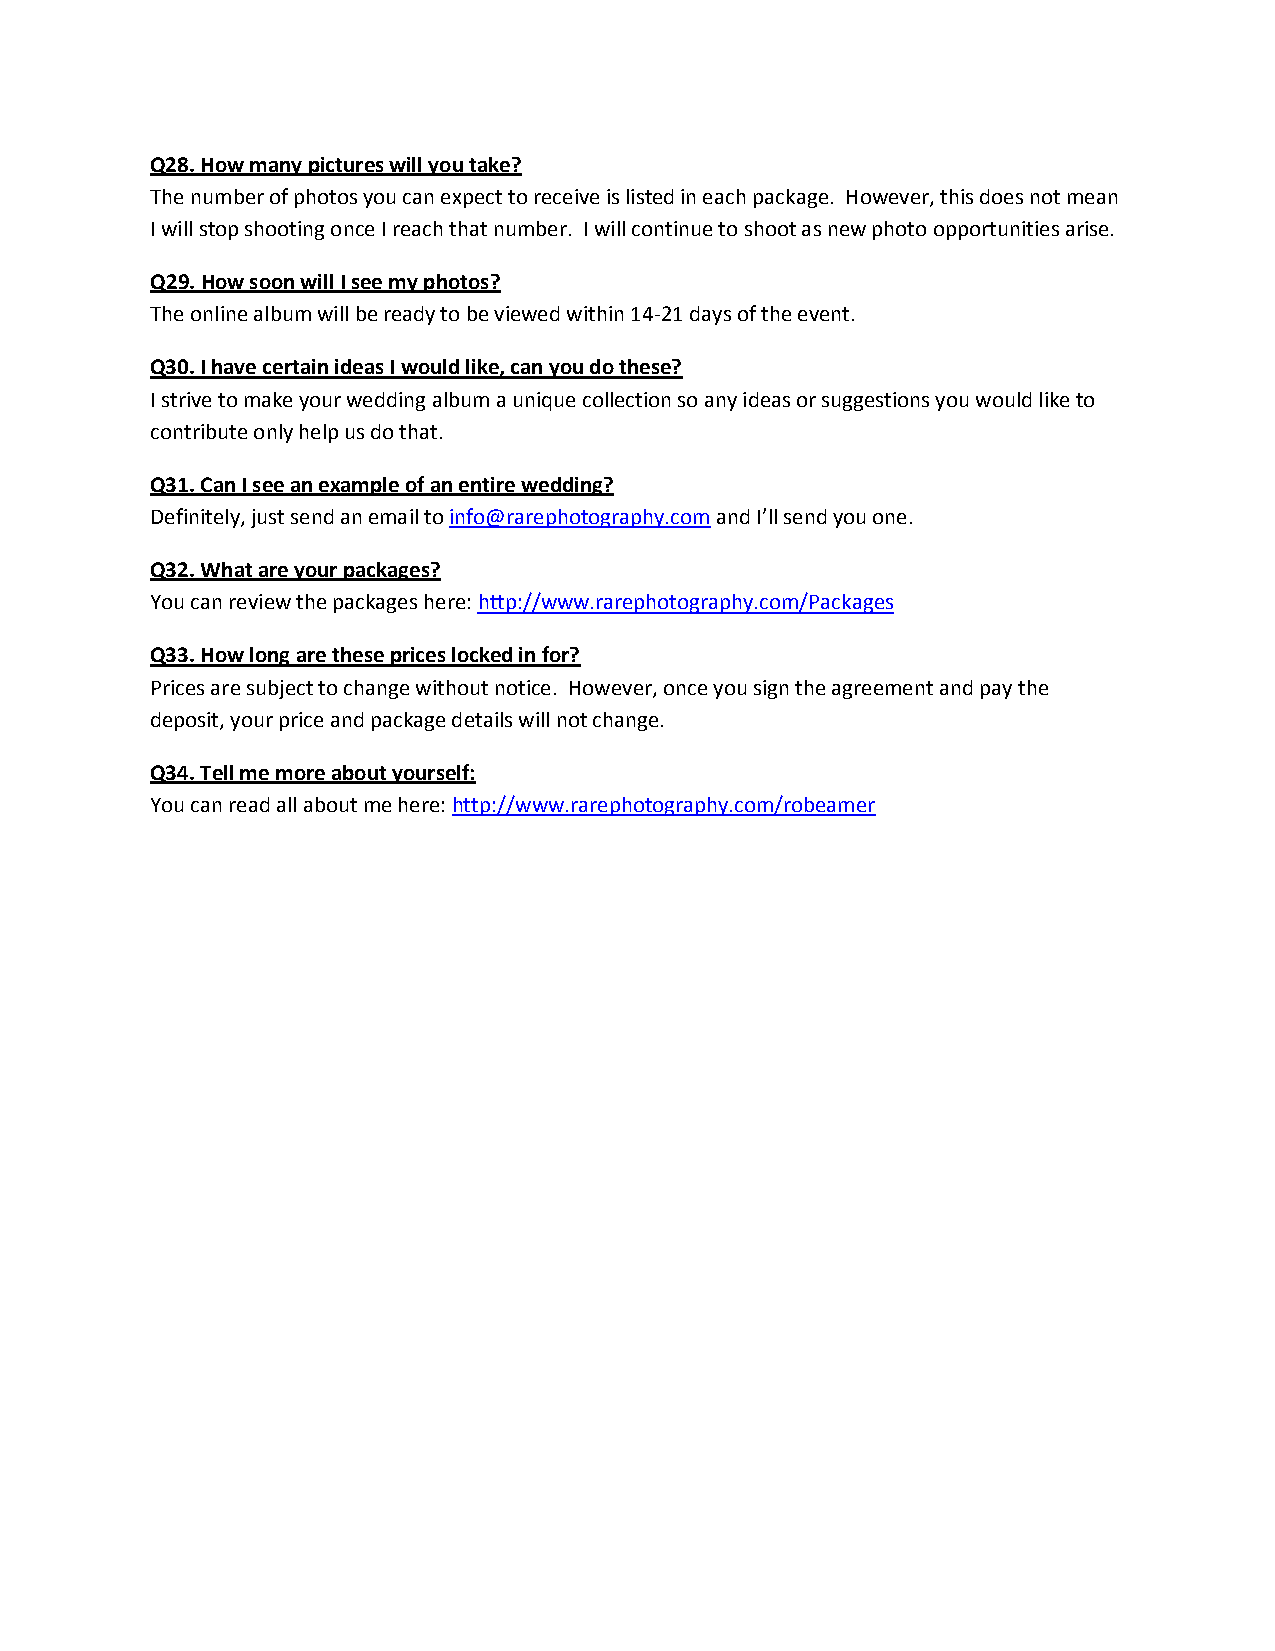
Q28. How many pictures will you take?
 The number of photos you can expect to receive is listed in each package. However, this does not mean
 I will stop shooting once I reach that number. I will continue to shoot as new photo opportunities arise.
 Q29. How soon will I see my photos?
 The online album will be ready to be viewed within 14-21 days of the event.
 Q30. I have certain ideas I would like, can you do these?
 I strive to make your wedding album a unique collection so any ideas or suggestions you would like to
 contribute only help us do that.
 Q31. Can I see an example of an entire wedding?
 Definitely, just send an email to info@rarephotography.com and I’ll send you one.
 Q32. What are your packages?
 You can review the packages here: http://www.rarephotography.com/Packages
 Q33. How long are these prices locked in for?
 Prices are subject to change without notice. However, once you sign the agreement and pay the
 deposit, your price and package details will not change.
 Q34. Tell me more about yourself:
 You can read all about me here: http://www.rarephotography.com/robeamer